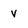
Character: V